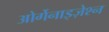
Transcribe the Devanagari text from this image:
ओर्गेनाइज़ेश्न